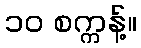
၁၀ စက္ကန့်။